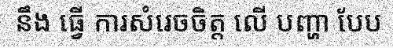
នឹង ធ្វើ ការសំរេចចិត្ត លើ បញ្ហា បែប